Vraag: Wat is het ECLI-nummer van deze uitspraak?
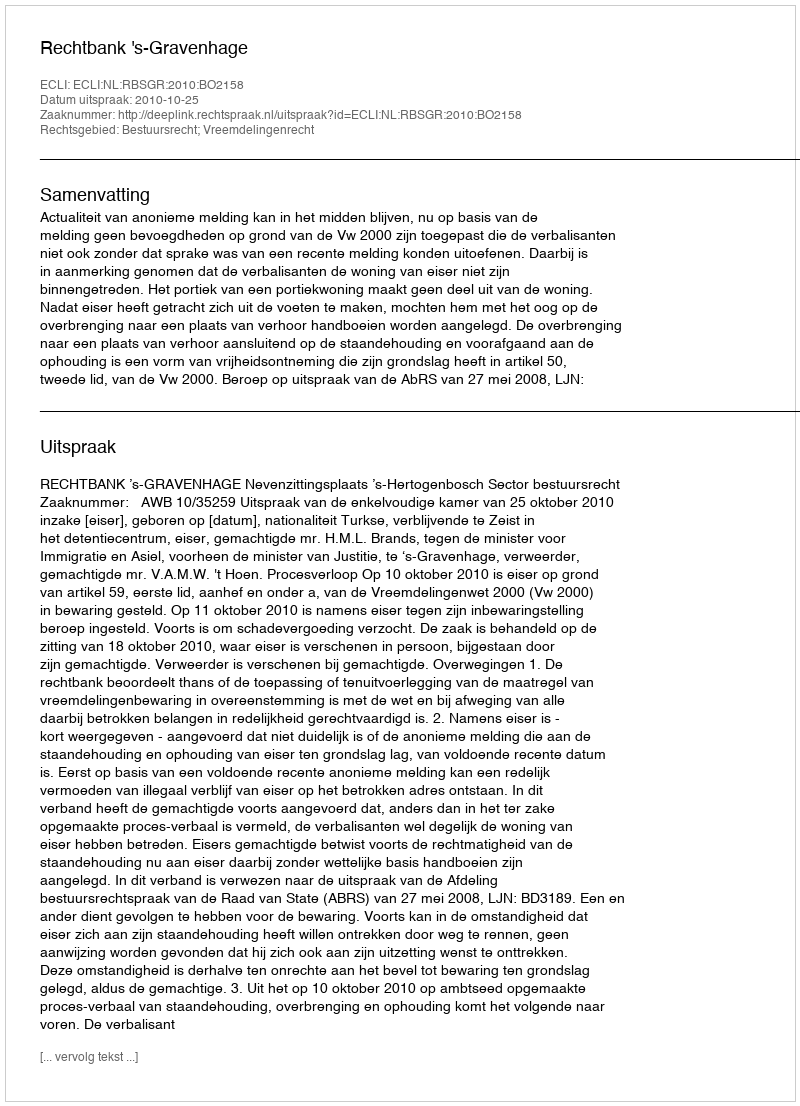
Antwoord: ECLI:NL:RBSGR:2010:BO2158